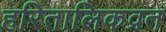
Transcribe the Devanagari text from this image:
हरितालिकव्रत